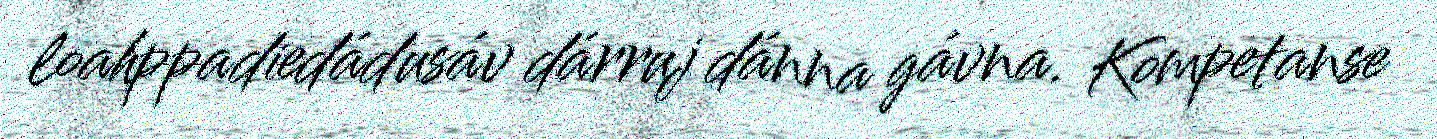
loahppadiedádusáv dárruj dánna gávna. Kompetanse